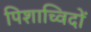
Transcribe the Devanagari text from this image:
पिशाच्विदों